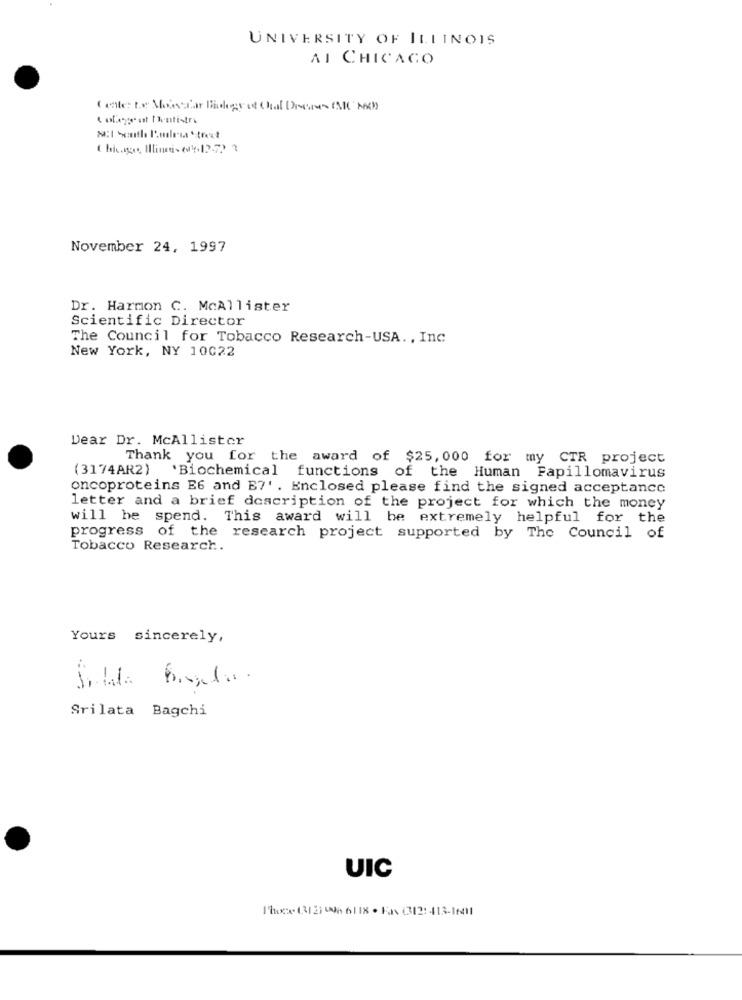
UNIVERSITY OF ILLINOIS
AI CHICAGO
Calle te Moiscar Biology of Cial Drere MMO Med)
Colege at Dentistra
8:I Sesthe Podle'sa Street
Chicago, Illinois 614-12-2)
November 24, 1997
Dr. Harmon C. McAllister
Scientific Director
The Council for Tobacco Research-USA. , Inc
New York, NY 10022
Dear Dr. McAllister
Thank you for the award of $25, 000 for my CTR project
(3174AR2)
'Biochemical functions of the Human Papillomavirus
oncoproteins E6 and E7' . Enclosed please find the signed acceptance
letter and a brief description of the project for which the money
will he spend. This award will be extremely helpful for the
progress of the research project supported by The Council of
Tobacco Research.
Yours sincerely,
Srilata Bagchi
UIC
Those (312) 0 6118 · Fax (312: - 413-16411